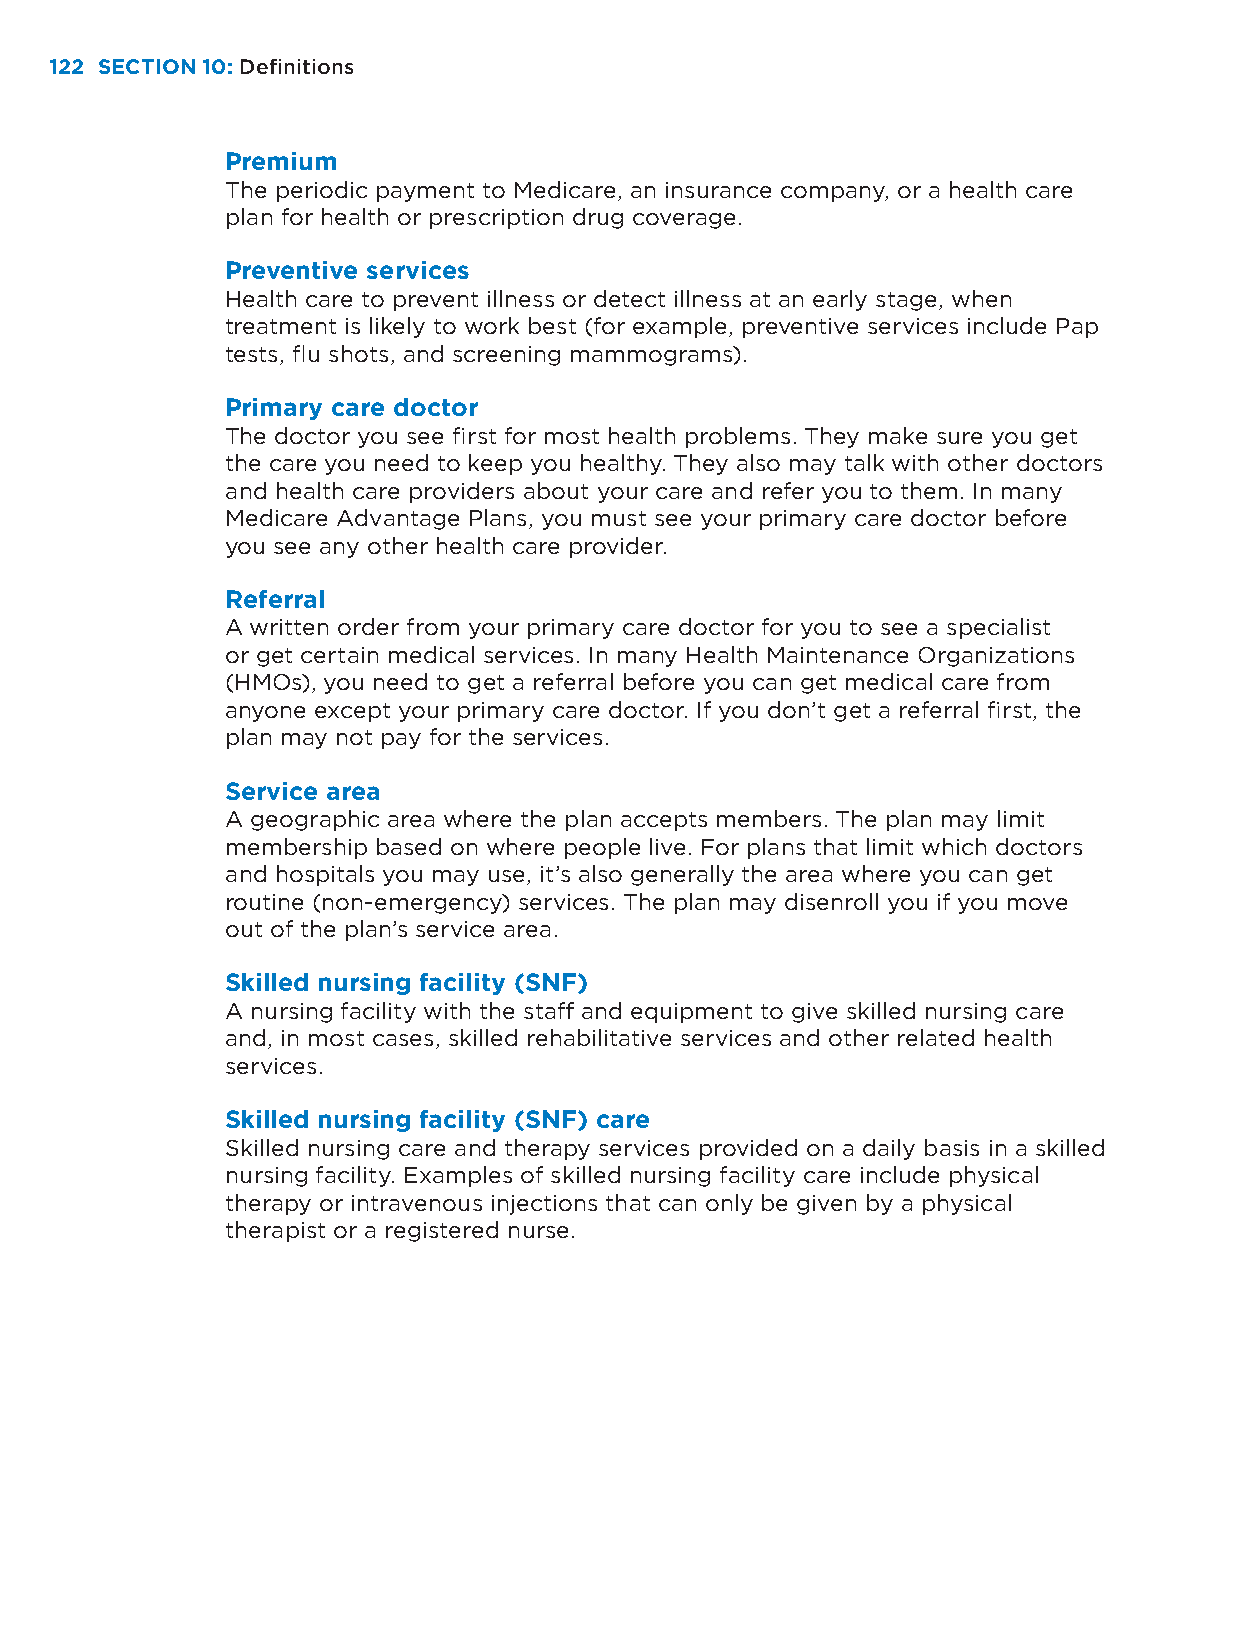
122 SECTION 10: Definitions
 Premium
 The periodic payment to Medicare, an insurance company, or a health care
 plan for health or prescription drug coverage.
 Preventive services
 Health care to prevent illness or detect illness at an early stage, when
 treatment is likely to work best (for example, preventive services include Pap
 tests, flu shots, and screening mammograms).
 Primary care doctor
 The doctor you see first for most health problems. They make sure you get
 the care you need to keep you healthy. They also may talk with other doctors
 and health care providers about your care and refer you to them. In many
 Medicare Advantage Plans, you must see your primary care doctor before
 you see any other health care provider.
 Referral
 A written order from your primary care doctor for you to see a specialist
 or get certain medical services. In many Health Maintenance Organizations
 (HMOs), you need to get a referral before you can get medical care from
 anyone except your primary care doctor. If you don’t get a referral first, the
 plan may not pay for the services.
 Service area
 A geographic area where the plan accepts members. The plan may limit
 membership based on where people live. For plans that limit which doctors
 and hospitals you may use, it’s also generally the area where you can get
 routine (non-emergency) services. The plan may disenroll you if you move
 out of the plan’s service area.
 Skilled nursing facility (SNF)
 A nursing facility with the staff and equipment to give skilled nursing care
 and, in most cases, skilled rehabilitative services and other related health
 services.
 Skilled nursing facility (SNF) care
 Skilled nursing care and therapy services provided on a daily basis in a skilled
 nursing facility. Examples of skilled nursing facility care include physical
 therapy or intravenous injections that can only be given by a physical
 therapist or a registered nurse.